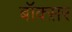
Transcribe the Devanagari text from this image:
बॉक्स़र